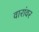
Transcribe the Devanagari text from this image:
वारांवर